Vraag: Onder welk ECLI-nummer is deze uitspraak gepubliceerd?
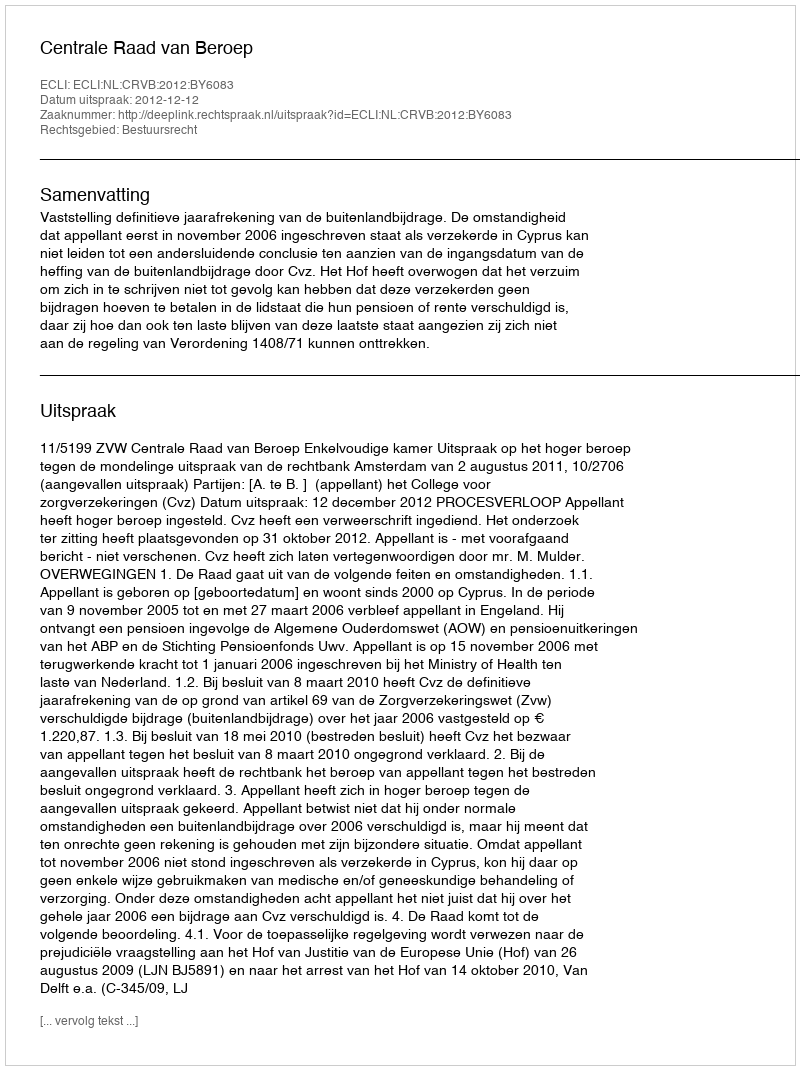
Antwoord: ECLI:NL:CRVB:2012:BY6083